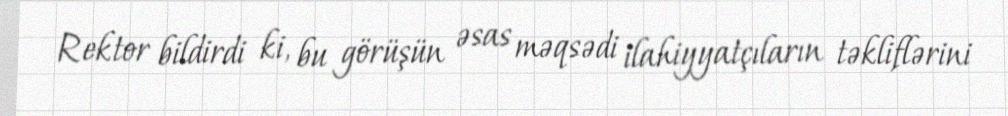
Rektor bildirdi ki, bu görüşün əsas məqsədi ilahiyyatçıların təkliflərini